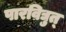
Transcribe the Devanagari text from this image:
पारविद्युत्